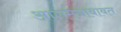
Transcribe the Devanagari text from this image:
आगमनाबाबत